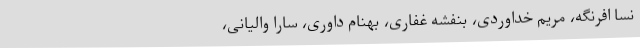
نسا افرنگه، مریم خداوردی، بنفشه غفاری، بهنام داوری، سارا والیانی،